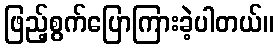
ဖြည့်စွက်ပြောကြားခဲ့ပါတယ်။